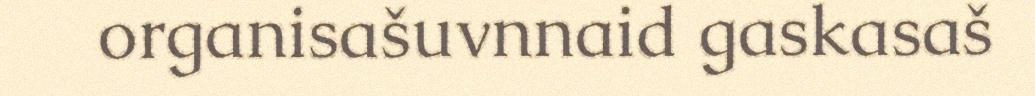
organisašuvnnaid gaskasaš